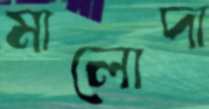
মালোদা